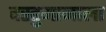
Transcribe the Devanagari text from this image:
वस्तुमानाला